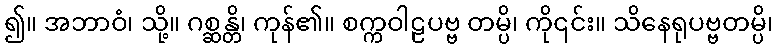
၍။ အဘာဝံ၊ သို့။ ဂစ္ဆန္တိ၊ ကုန်၏။ စက္ကဝါဠပဗ္ဗ တမ္ပိ၊ ကို၎င်း။ သိနေရုပဗ္ဗတမ္ပိ၊